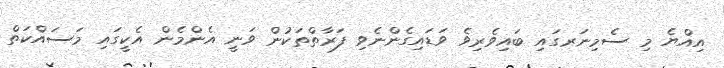
އިއްޔެ މި ސެމިނަރގައި ބައިވެރިވެ ވަޑައިގެންނެވި ފަރާތްތަކުން ވަނީ އެންމެން އެކީގައި މަސައްކަތް